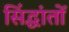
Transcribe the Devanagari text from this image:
सिंद्धांतों